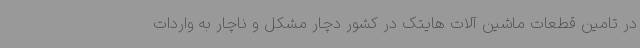
در تامین قطعات ماشین آلات هایتک در کشور دچار مشکل و ناچار به واردات